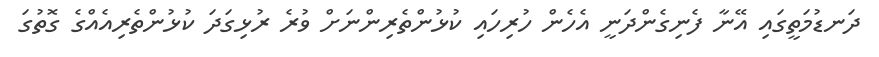
ދަނޑުމަތީގައި އޭނާ ފެނިގެންދަނީ އެހެން ހުރިހައި ކުޅުންތެރިންނަށް ވުރެ ރުޅިގަދަ ކުޅުންތެރިއެއްގެ ގޮތުގަ